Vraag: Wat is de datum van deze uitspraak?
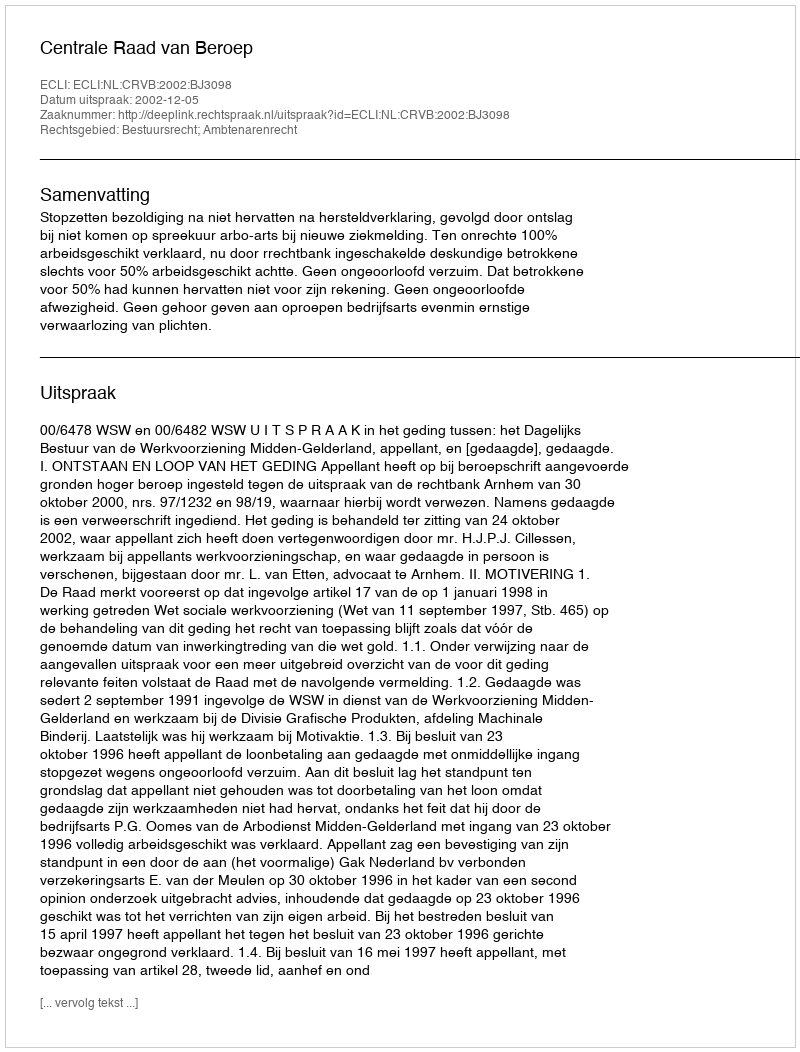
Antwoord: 2002-12-05